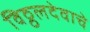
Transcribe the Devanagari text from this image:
विठ्ठलदेवाचे